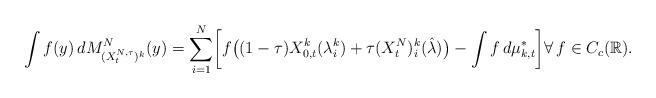
LaTeX: \begin{align*}\int f(y)\, dM^N_{(X_t^{N,\tau})^k}(y)=\sum_{i=1}^N \biggl[f\bigl((1-\tau)X_{0,t}^k(\lambda_i^k)+\tau(X_t^{N})_i^k(\hat\lambda)\bigr)-\int f \,d\mu_{k,t}^*\biggr]\forall\,f \in C_c(\mathbb R).\end{align*}